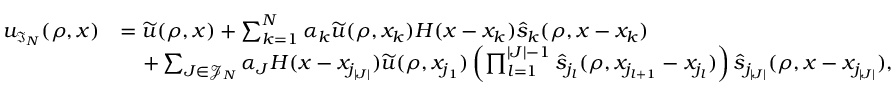
\begin{array} { r l } { u _ { \mathfrak { I } _ { N } } ( \rho , x ) } & { = \widetilde { u } ( \rho , x ) + \sum _ { k = 1 } ^ { N } \alpha _ { k } \widetilde { u } ( \rho , x _ { k } ) H ( x - x _ { k } ) \widehat { s } _ { k } ( \rho , x - x _ { k } ) } \\ & { \; \; \; \; + \sum _ { J \in \mathcal { J } _ { N } } \alpha _ { J } H ( x - x _ { j _ { | J | } } ) \widetilde { u } ( \rho , x _ { j _ { 1 } } ) \left( \prod _ { l = 1 } ^ { | J | - 1 } \widehat { s } _ { j _ { l } } ( \rho , x _ { j _ { l + 1 } } - x _ { j _ { l } } ) \right) \widehat { s } _ { j _ { | J | } } ( \rho , x - x _ { j _ { | J | } } ) , } \end{array}